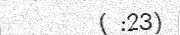
( :23)